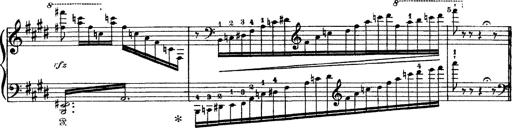
Title: Tarantelle di bravura dâ€™aprÃ¨s la tarantelle de La muette de Portici
Composer: Franz Liszt